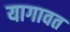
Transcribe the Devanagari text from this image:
यागावत